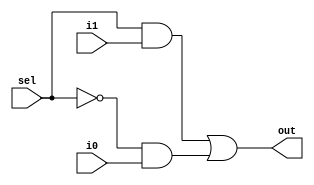
module Mux(output out, input sel, input i1, input i0);
//a 2 input (i1,i0) multiplexor with one selection line (sel)
//and one multiplexed output (out) 
//declaring temps 
wire not_sel;
wire sel_and_i1;
wire not_sel_and_i0;
//modelling the circuit
not(not_sel,sel);
and(sel_and_i1,sel,i1);
and(not_sel_and_i0,not_sel,i0);
or(out,sel_and_i1,not_sel_and_i0);
endmodule